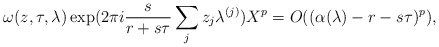
\begin{align*}\omega(z,\tau,\lambda)\exp(2\pi i\frac s{r+s\tau}\sum_jz_j\lambda^{(j)})X^p=O((\alpha(\lambda)-r-s\tau)^p),\end{align*}